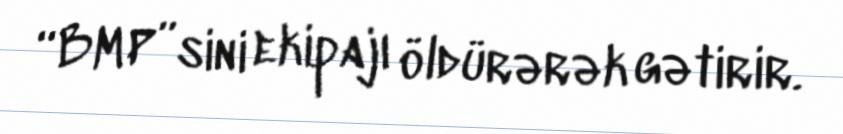
“BMP”sini ekipajı öldürərək gətirir.